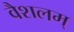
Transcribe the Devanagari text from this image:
वैशलम्